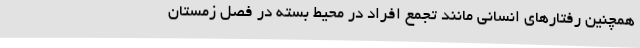
همچنین رفتارهای انسانی مانند تجمع افراد در محیط بسته در فصل زمستان